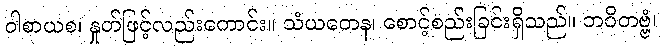
ဝါစာယစ၊ နှုတ်ဖြင့်လည်းကောင်း။ သံယတေန၊ စောင့်စည်းခြင်းရှိသည်။ ဘဝိတဗ္ဗံ၊